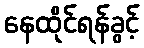
နေထိုင်ရန်ခွင့်